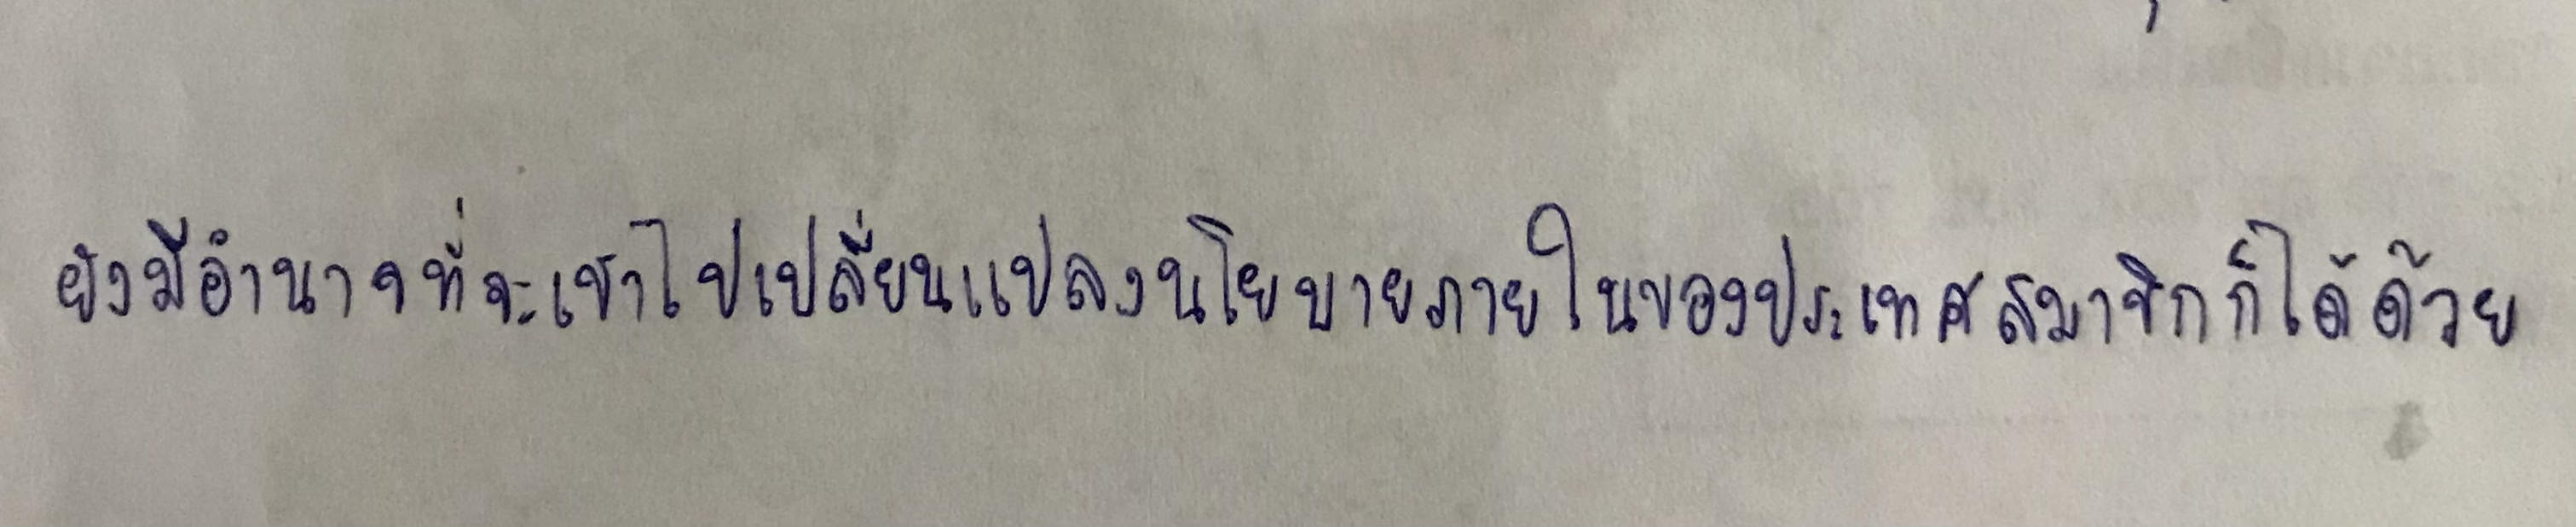
ยังมีอำนาจที่จะเข้าไปเปลี่ยนแปลงนโยบายภายในของประเทศสมาชิกก็ได้ด้วย